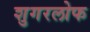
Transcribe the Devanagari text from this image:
शुगरलोफ